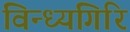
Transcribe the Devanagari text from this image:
विन्ध्यगिरि